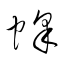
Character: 蜂